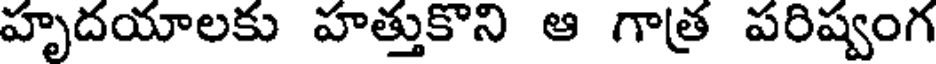
హృదయాలకు హత్తుకొని ఆ గాత్ర పరిష్వంగ